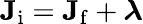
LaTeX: \mathbf{J}_{\mathrm{i}}=\mathbf{J}_{\mathrm{f}}+{\boldsymbol{\lambda}}